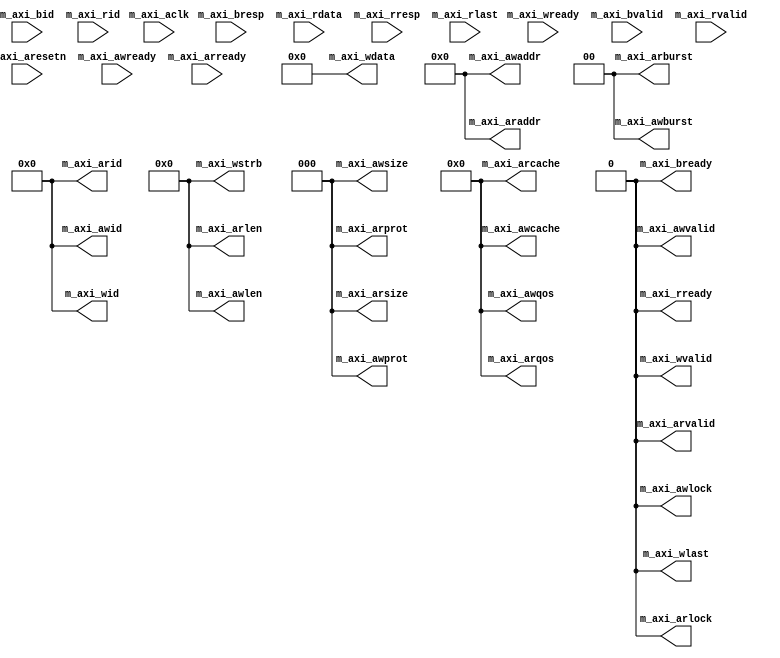
module aximaster_stub (/*AUTOARG*/
   // Outputs
   m_axi_awid, m_axi_awaddr, m_axi_awlen, m_axi_awsize, m_axi_awburst,
   m_axi_awlock, m_axi_awcache, m_axi_awprot, m_axi_awqos,
   m_axi_awvalid, m_axi_wid, m_axi_wdata, m_axi_wstrb, m_axi_wlast,
   m_axi_wvalid, m_axi_bready, m_axi_arid, m_axi_araddr, m_axi_arlen,
   m_axi_arsize, m_axi_arburst, m_axi_arlock, m_axi_arcache,
   m_axi_arprot, m_axi_arqos, m_axi_arvalid, m_axi_rready,
   // Inputs
   m_axi_aclk, m_axi_aresetn, m_axi_awready, m_axi_wready, m_axi_bid,
   m_axi_bresp, m_axi_bvalid, m_axi_arready, m_axi_rid, m_axi_rdata,
		  m_axi_rresp, m_axi_rlast, m_axi_rvalid
   );

   parameter M_IDW  = 12;

   //reset+clock
   input  	       m_axi_aclk;    // global clock signal.
   input  	       m_axi_aresetn; // global reset singal.

   //Write address channel
   output [M_IDW-1:0]  m_axi_awid;    // write address ID
   output [31 : 0]     m_axi_awaddr;  // master interface write address   
   output [7 : 0]      m_axi_awlen;   // burst length.
   output [2 : 0]      m_axi_awsize;  // burst size.
   output [1 : 0]      m_axi_awburst; // burst type.
   output              m_axi_awlock;  // lock type   
   output [3 : 0]      m_axi_awcache; // memory type.
   output [2 : 0]      m_axi_awprot;  // protection type.
   output [3 : 0]      m_axi_awqos;   // quality of service
   output 	       m_axi_awvalid; // write address valid
   input 	       m_axi_awready; // write address ready

   //Write data channel
   output [M_IDW-1:0]  m_axi_wid;     
   output [63 : 0]     m_axi_wdata;   // master interface write data.
   output [7 : 0]      m_axi_wstrb;   // byte write strobes
   output 	       m_axi_wlast;   // indicates last transfer in a write burst.
   output 	       m_axi_wvalid;  // indicates data is ready to go
   input 	       m_axi_wready;  // indicates that the slave is ready for data

   //Write response channel
   input [M_IDW-1:0]     m_axi_bid;
   input [1 : 0]       m_axi_bresp;   // status of the write transaction.
   input 	       m_axi_bvalid;  // channel is signaling a valid write response
   output 	       m_axi_bready;  // master can accept write response.

   //Read address channel
   output [M_IDW-1:0]  m_axi_arid;    // read address ID
   output [31 : 0]     m_axi_araddr;  // initial address of a read burst
   output [7 : 0]      m_axi_arlen;   // burst length
   output [2 : 0]      m_axi_arsize;  // burst size
   output [1 : 0]      m_axi_arburst; // burst type
   output              m_axi_arlock;  //lock type   
   output [3 : 0]      m_axi_arcache; // memory type
   output [2 : 0]      m_axi_arprot;  // protection type
   output [3 : 0]      m_axi_arqos;   // 
   output 	       m_axi_arvalid; // valid read address and control information
   input 	       m_axi_arready; // slave is ready to accept an address

   //Read data channel   
   input [M_IDW-1:0]   m_axi_rid; 
   input [63 : 0]      m_axi_rdata;   // master read data
   input [1 : 0]       m_axi_rresp;   // status of the read transfer
   input 	       m_axi_rlast;   // signals last transfer in a read burst
   input 	       m_axi_rvalid;  // signaling the required read data
   output 	       m_axi_rready;  // master can accept the readback data
  
   
   //tieoffs
   assign   m_axi_awid    ='b0;
   assign   m_axi_awaddr  ='b0;
   assign   m_axi_awlen   ='b0;
   assign   m_axi_awsize  ='b0;
   assign   m_axi_awburst ='b0;
   assign   m_axi_awlock  ='b0;
   assign   m_axi_awcache ='b0;
   assign   m_axi_awprot  ='b0;
   assign   m_axi_awqos   ='b0;
   assign   m_axi_awvalid ='b0;
   assign   m_axi_wid     ='b0;
   assign   m_axi_wdata   ='b0;
   assign   m_axi_wstrb   ='b0;
   assign   m_axi_wlast   ='b0;
   assign   m_axi_wvalid  ='b0;
   assign   m_axi_bready  ='b0;
   assign   m_axi_arid    ='b0;
   assign   m_axi_araddr  ='b0;
   assign   m_axi_arlen   ='b0;
   assign   m_axi_arsize  ='b0;
   assign   m_axi_arburst ='b0;
   assign   m_axi_arlock  ='b0;
   assign   m_axi_arcache ='b0;
   assign   m_axi_arprot  ='b0;
   assign   m_axi_arqos   ='b0;
   assign   m_axi_arvalid ='b0;
   assign   m_axi_rready  ='b0;
   
endmodule